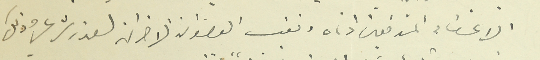
الاعضاء الموقعين ادناه وتغيب العضوان الاخران لعذر شرعي وذلك